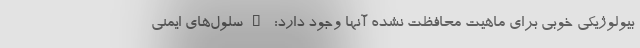
بیولوژیکی خوبی برای ماهیت محافظت نشده آنها وجود دارد: "سلول‌های ایمنی